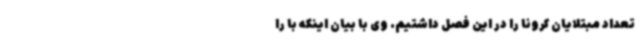
تعداد مبتلایان کرونا را در این فصل داشتیم. وی با بیان اینکه با را